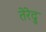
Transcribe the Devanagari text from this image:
तेरेदु